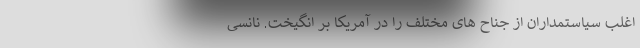
اغلب سیاستمداران از جناح ‌های مختلف را در آمریکا بر انگیخت. نانسی